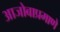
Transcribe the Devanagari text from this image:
आजोबाप्रमाणे